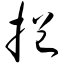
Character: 挹